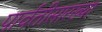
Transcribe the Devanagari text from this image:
पार्वतीसारख्या